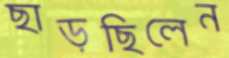
ছাড়ছিলেন